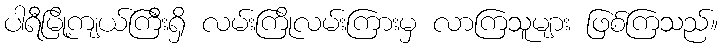
ပါရီမြို့ကျယ်ကြီးရှိ လမ်းကြိုလမ်းကြားမှ လာကြသူများ ဖြစ်ကြသည်။